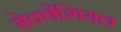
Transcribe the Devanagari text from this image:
सेक्वेंशियल